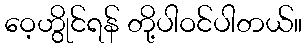
ဝေ့ဟွိုင်ရန် တို့ပါဝင်ပါတယ်။